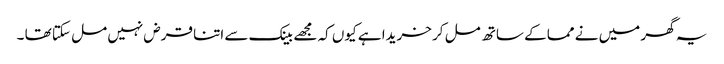
یہ گھر میں نے مما کے ساتھ مل کر خریدا ہے کیوں کہ مجھے بینک سے اتنا قرض نہیں مل سکتا تھا ۔